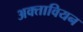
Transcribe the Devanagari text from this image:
अक्तावियन